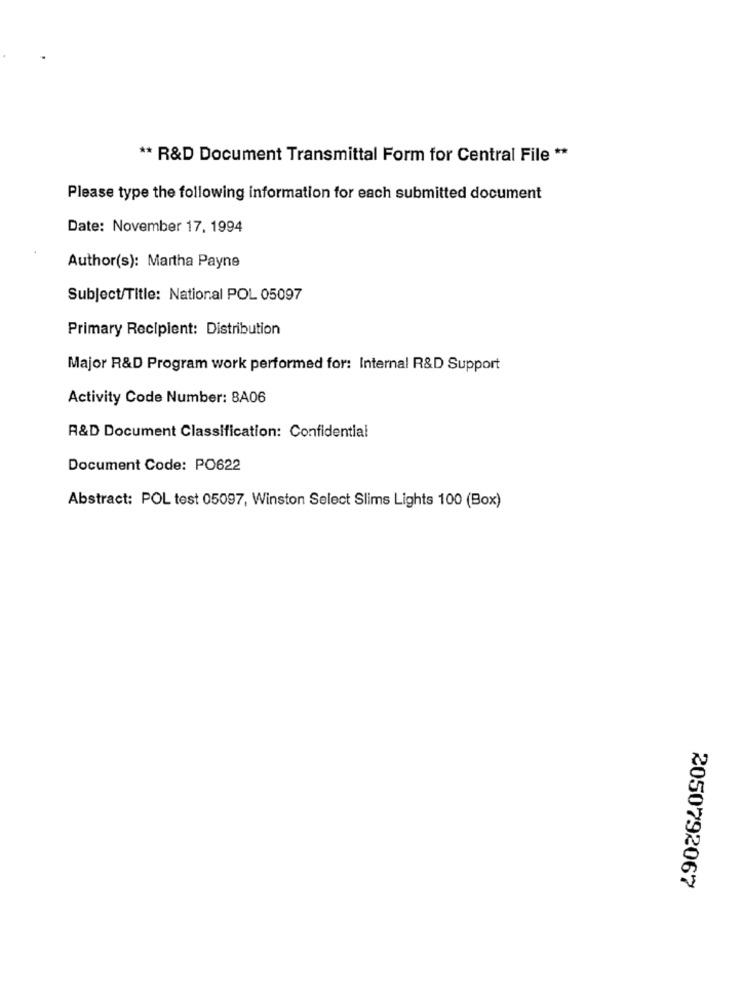
** R&D Document Transmittal Form for Central File **
Please type the following information for each submitted document
Date: November 17, 1994
Author(s): Martha Payne
Subject/Title: National POL 05097
Primary Recipient: Distribution
Major R&D Program work performed for: Internal R&D Support
Activity Code Number: 8A06
R&D Document Classification: Confidential
Document Code: PO622
Abstract: POL test 05097, Winston Select Slims Lights 100 (Box)
2050792067